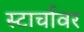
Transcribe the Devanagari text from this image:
स्टार्चावर